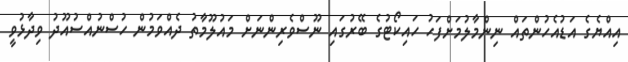
އިއްޔެގެ އަޑުއެހުންތައް ނިންމާލުމަށްފަހު ހައިކޯޓުގެ ބޭރުގައި ނޫސްވެރިންނަށް މައުލޫމާތު ދެއްވަމުން ހުސްނުއްސުއޫދު ވިދާޅުވީ